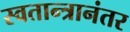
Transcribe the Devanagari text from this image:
स्वतान्त्रानंतर